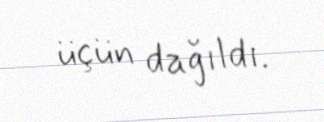
üçün dağıldı.